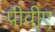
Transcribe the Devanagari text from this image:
पीवीए